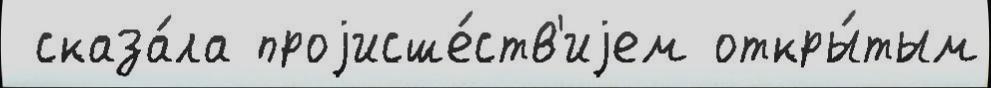
 сказа́ла проjисше́ств'иjем откры́тым